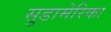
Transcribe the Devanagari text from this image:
सुडामेरिका